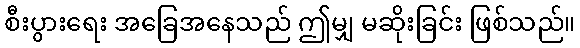
စီးပွားရေး အခြေအနေသည် ဤမျှ မဆိုးခြင်း ဖြစ်သည်။